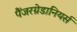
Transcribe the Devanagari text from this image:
पैंजरग्रेडानियर्स